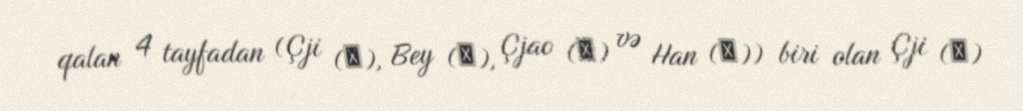
qalan 4 tayfadan (Çji (智), Bey (魏), Çjao (趙) və Han (韓)) biri olan Çji (智)